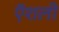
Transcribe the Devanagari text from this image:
ऍशली